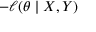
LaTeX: - \ell ( \theta \mid X , Y )